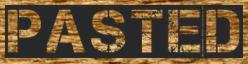
PASTED